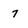
Character: 7